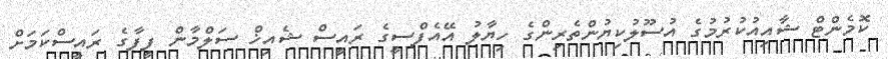
ކޮމެންޓް ޝާއިއުކުރުމުގެ އުސޫލުކިޔުންތެރިންގެ ހިޔާލު އޭއެފްސީގެ ރައީސް ޝެއިޚް ސަލްމާން ފީފާގެ ރައީސްކަމަށް